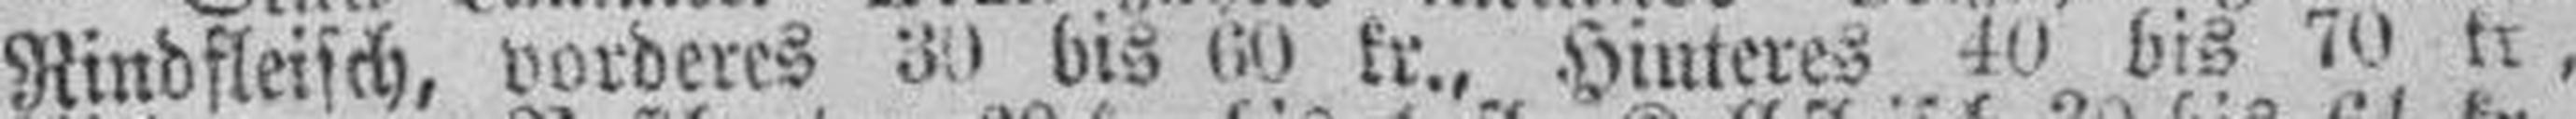
Rindfleisch, vorderes 30 bis 60 kr., Hinteres 40 bis 70 kr,